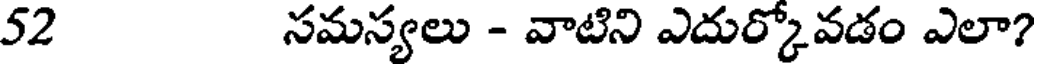
52 సమస్యలు - వాటిని ఎదుర్కోవడం ఎలా?